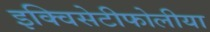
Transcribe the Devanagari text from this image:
इक्विसेटीफोलीया